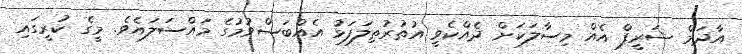
އާދަމް ޝަރީފް އެއް މިސާލަކަށް ދެއްކެވީ އުތުރުތިލަފަޅު އެއްބަސްވުމުގެ މައްސަލައެވެ. މީގެ ކުރީގައި